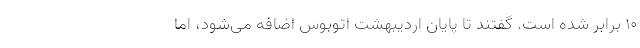
10 برابر شده است. گفتند تا پایان اردیبهشت اتوبوس اضافه می‌شود، اما